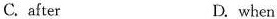
C. after D. when